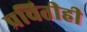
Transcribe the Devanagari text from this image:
प्रचितीही